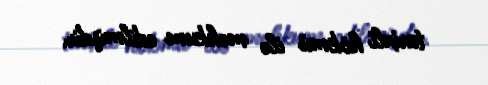
tarixli hökmü ilə məhkum edilmişdir.